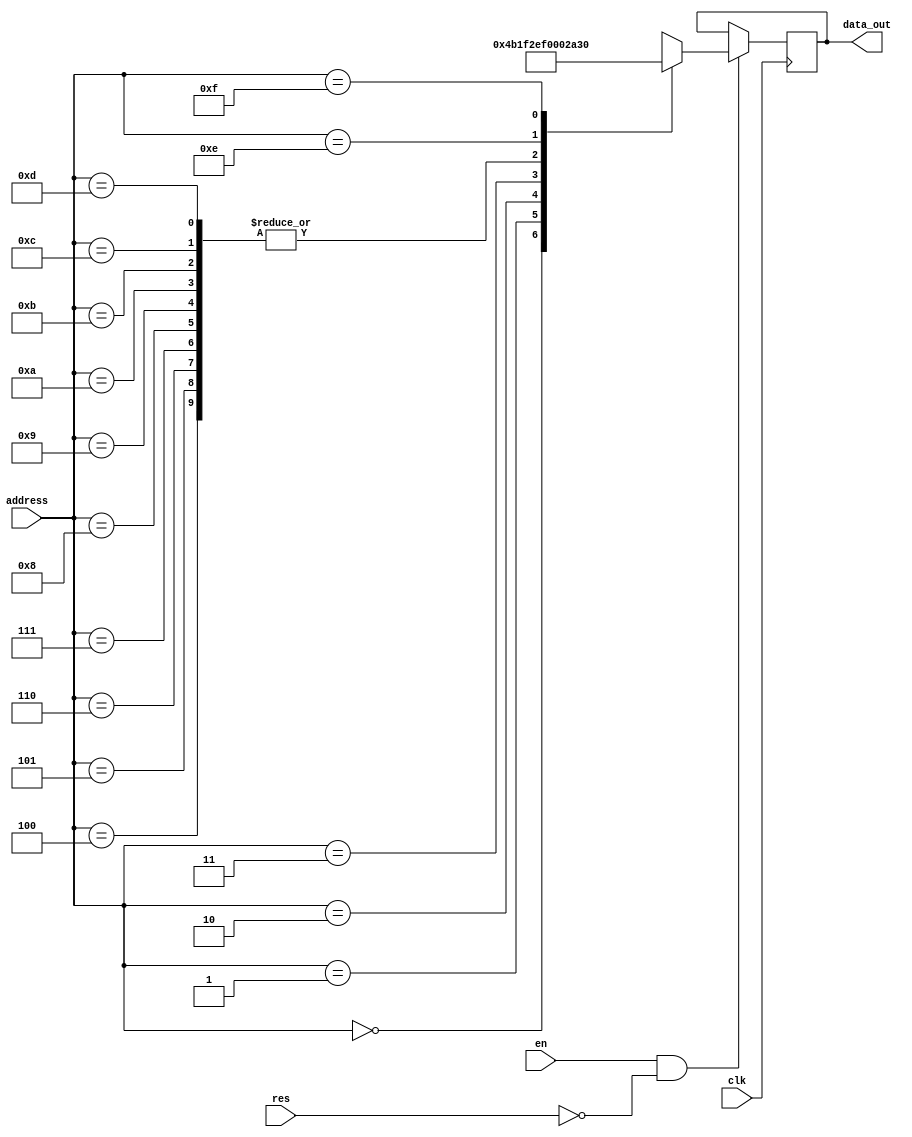
`timescale 1ns / 1ps
//////////////////////////////////////////////////////////////////////////////////
// Company: 
// Engineer: 
// 
// Design Name: 
// Module Name:    ram 
// Project Name: 
// Target Devices: 
// Tool versions: 
// Description: 
//
// Dependencies: 
//
// Revision: 
// Revision 0.01 - File Created
// Additional Comments: 
//
//////////////////////////////////////////////////////////////////////////////////
module ram(data_out, address, clk, res, en);
	output [7:0]data_out;
	input clk, res, en;
	input [3:0]address;
	
	reg [7:0]data_out;
	wire [7:0]ram_contents[15:0];
	
	// Hard coding ram contents for now
	assign ram_contents[0]  = 8'b01001011;
	assign ram_contents[1]  = 8'b00011111;
	assign ram_contents[2]  = 8'b00101110;
	assign ram_contents[3]  = 8'b11110000;
	assign ram_contents[4]  = 8'b00000000;
	assign ram_contents[5]  = 8'b00000000;
	assign ram_contents[6]  = 8'b00000000;
	assign ram_contents[7]  = 8'b00000000;
	assign ram_contents[8]  = 8'b00000000;
	assign ram_contents[9]  = 8'b00000000;
	assign ram_contents[10] = 8'b00000000;
	assign ram_contents[11] = 8'b00000000;
	assign ram_contents[12] = 8'b00000000;
	assign ram_contents[13] = 8'b00000000;
	assign ram_contents[14] = 8'b00101010;
	assign ram_contents[15] = 8'b00101111;
	
	always@(posedge clk)
	begin
		if (en & !res)
			data_out = ram_contents[address];
		else
			data_out = data_out;
	end

endmodule